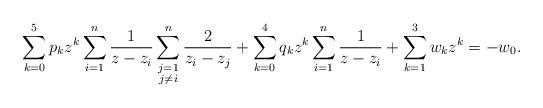
LaTeX: \begin{align*} \sum_{k=0}^5 p_kz^k \sum_{i=1}^n \frac{1}{z-z_i} \sum_{\substack{ j=1\\ j\ne i}}^n \frac{2}{z_i-z_j} + \sum_{k=0}^4 q_kz^k \sum_{i=1}^n \frac{1}{z-z_i} + \sum_{k=1}^3 w_kz^k = - w_0. \end{align*}